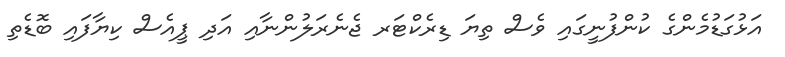
އަޅުގަޑުމެންގެ ކުންފުނީގައި ވެސް ތިޔަ ޑިރެކްޓަރ ޖެނެރަލުންނާއި އަދި ޕީއެސް ކިޔާފައި ބޮޑެތި